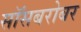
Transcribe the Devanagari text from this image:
सॉसबरोबर